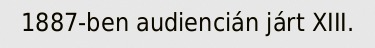
1887-ben audiencián járt XIII.